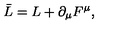
\bar { L } = L + \partial _ { \mu } F ^ { \mu } ,